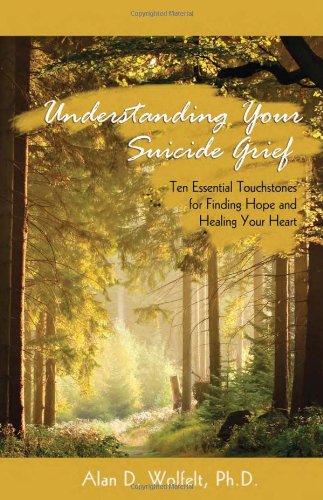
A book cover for Understanding Your Suicide Grief: Ten Essential Touchstones for Finding Hope and Healing Your Heart (Understanding Your Grief); Alan D. Wolfelt PhD; Self-Help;